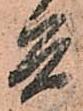
兵